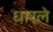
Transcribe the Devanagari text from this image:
धारले